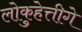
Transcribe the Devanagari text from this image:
लोकुहेत्तीगे